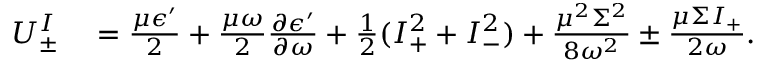
\begin{array} { r l } { U _ { \pm } ^ { I } } & { { } = \frac { \mu \epsilon ^ { \prime } } { 2 } + \frac { \mu \omega } { 2 } \frac { \partial \epsilon ^ { \prime } } { \partial \omega } + \frac { 1 } { 2 } ( I _ { + } ^ { 2 } + I _ { - } ^ { 2 } ) + \frac { \mu ^ { 2 } \Sigma ^ { 2 } } { 8 \omega ^ { 2 } } \pm \frac { \mu \Sigma I _ { + } } { 2 \omega } . } \end{array}